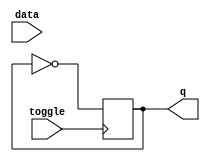
module t_latch (
  input toggle,
  input data,
  output reg q
);

always @(posedge toggle) begin
  if(toggle) begin
    q <= ~q;
  end
end

endmodule